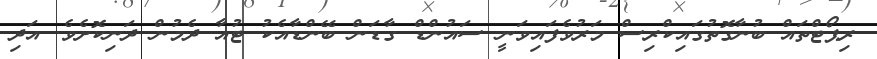
ރިޕޯޓްތައް ބުނާގޮތުގައިކްރިސް މަރުވެފައިވަނީ ސައުންޑް ގާޑަން ބޭންޑާއެކު ޓުއާ ދެމުން ދަނިކޮށެވެ. އަދި